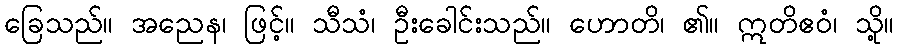
ခြေသည်။ အညေန၊ ဖြင့်။ သီသံ၊ ဦးခေါင်းသည်။ ဟောတိ၊ ၏။ ဣတိဧဝံ၊ သို့။